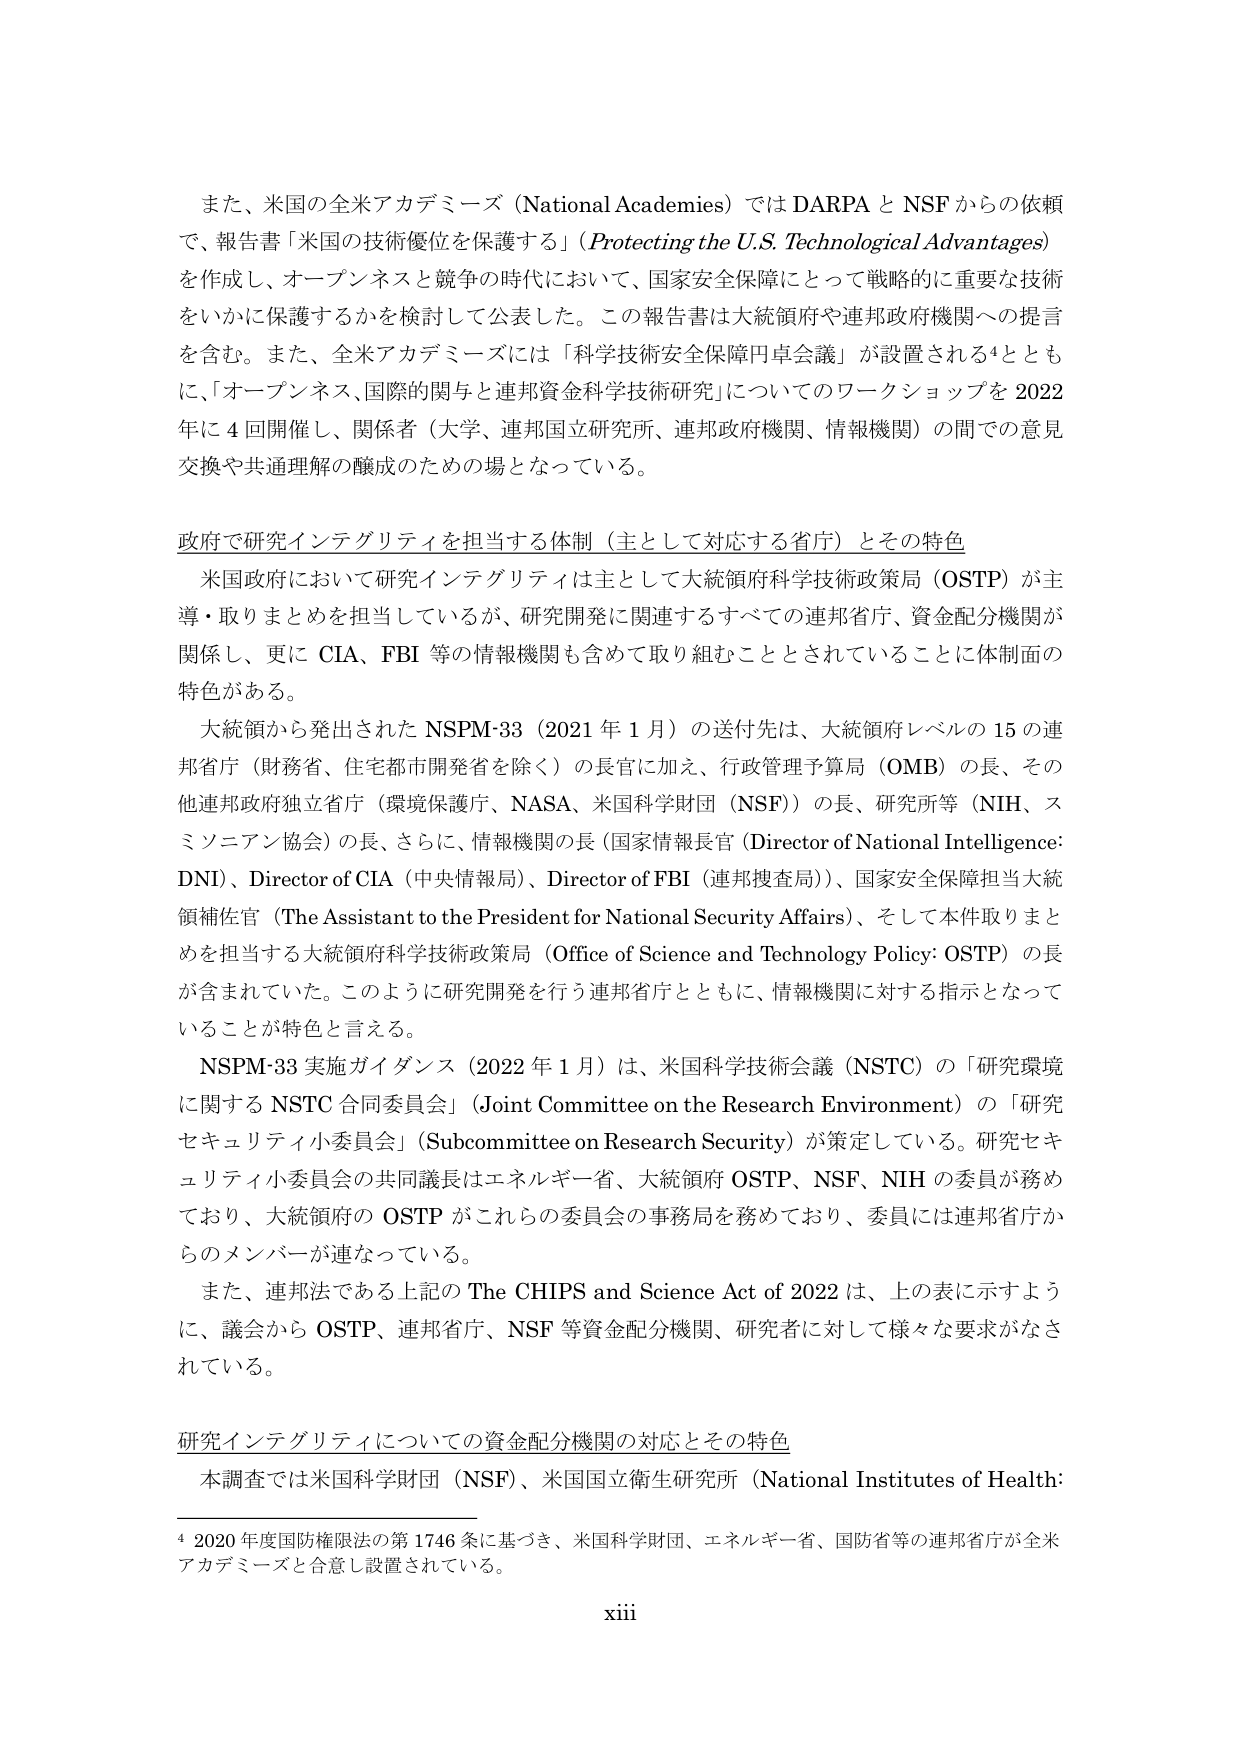
また、米国の全米アカデミーズ（National Academies）では DARPA と NSF からの依頼で、報告書「米国の技術優位を保護する」（Protecting the U.S. Technological Advantages）を作成し、オープンネスと競争の時代において、国家安全保障にとって戦略的に重要な技術をいかに保護するかを検討して公表した。この報告書は大統領府や連邦政府機関への提言を含む。また、全米アカデミーズには「科学技術安全保障円卓会議」が設置される⁴とともに、「オープンネス、国際的関与と連邦資金科学技術研究」についてのワークショップを 2022 年に 4 回開催し、関係者（大学、連邦国立研究所、連邦政府機関、情報機関）の間での意見交換や共通理解の醸成のための場となっている。

政府で研究インテグリティを担当する体制（主として対応する省庁）とその特色

米国政府において研究インテグリティは主として大統領府科学技術政策局（OSTP）が主導・取りまとめを担当しているが、研究開発に関連するすべての連邦省庁、資金配分機関が関係し、更に CIA、FBI 等の情報機関も含めて取り組むこととされていることに体制面の特色がある。

大統領から発出された NSPM-33（2021 年 1 月）の送付先は、大統領府レベルの 15 の連邦省庁（財務省、住宅都市開発省を除く）の長官に加え、行政管理予算局（OMB）の長、その他連邦政府独立省庁（環境保護庁、NASA、米国科学財団（NSF））の長、研究所等（NIH、スミソニアン協会）の長、さらに、情報機関の長（国家情報長官（Director of National Intelligence: DNI）、Director of CIA（中央情報局）、Director of FBI（連邦捜査局））、国家安全保障担当大統領補佐官（The Assistant to the President for National Security Affairs）、そして本件取りまとめを担当する大統領府科学技術政策局（Office of Science and Technology Policy: OSTP）の長が含まれていた。このように研究開発を行う連邦省庁とともに、情報機関に対する指示となっていることが特色と言える。

NSPM-33 実施ガイダンス（2022 年 1 月）は、米国科学技術会議（NSTC）の「研究環境に関する NSTC 合同委員会」（Joint Committee on the Research Environment）の「研究セキュリティ小委員会」（Subcommittee on Research Security）が策定している。研究セキュリティ小委員会の共同議長はエネルギー省、大統領府 OSTP、NSF、NIH の委員が務めており、大統領府の OSTP がこれらの委員会の事務局を務めており、委員には連邦省庁からのメンバーが連なっている。

また、連邦法である上記の The CHIPS and Science Act of 2022 は、上の表に示すように、議会から OSTP、連邦省庁、NSF 等資金配分機関、研究者に対して様々な要求がなされている。

研究インテグリティについての資金配分機関の対応とその特色

本調査では米国科学財団（NSF）、米国国立衛生研究所（National Institutes of Health:

⁴ 2020 年度国防権限法の第 1746 条に基づき、米国科学財団、エネルギー省、国防省等の連邦省庁が全米アカデミーズと合意し設置されている。

xiii